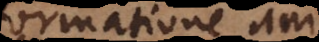
formatione an